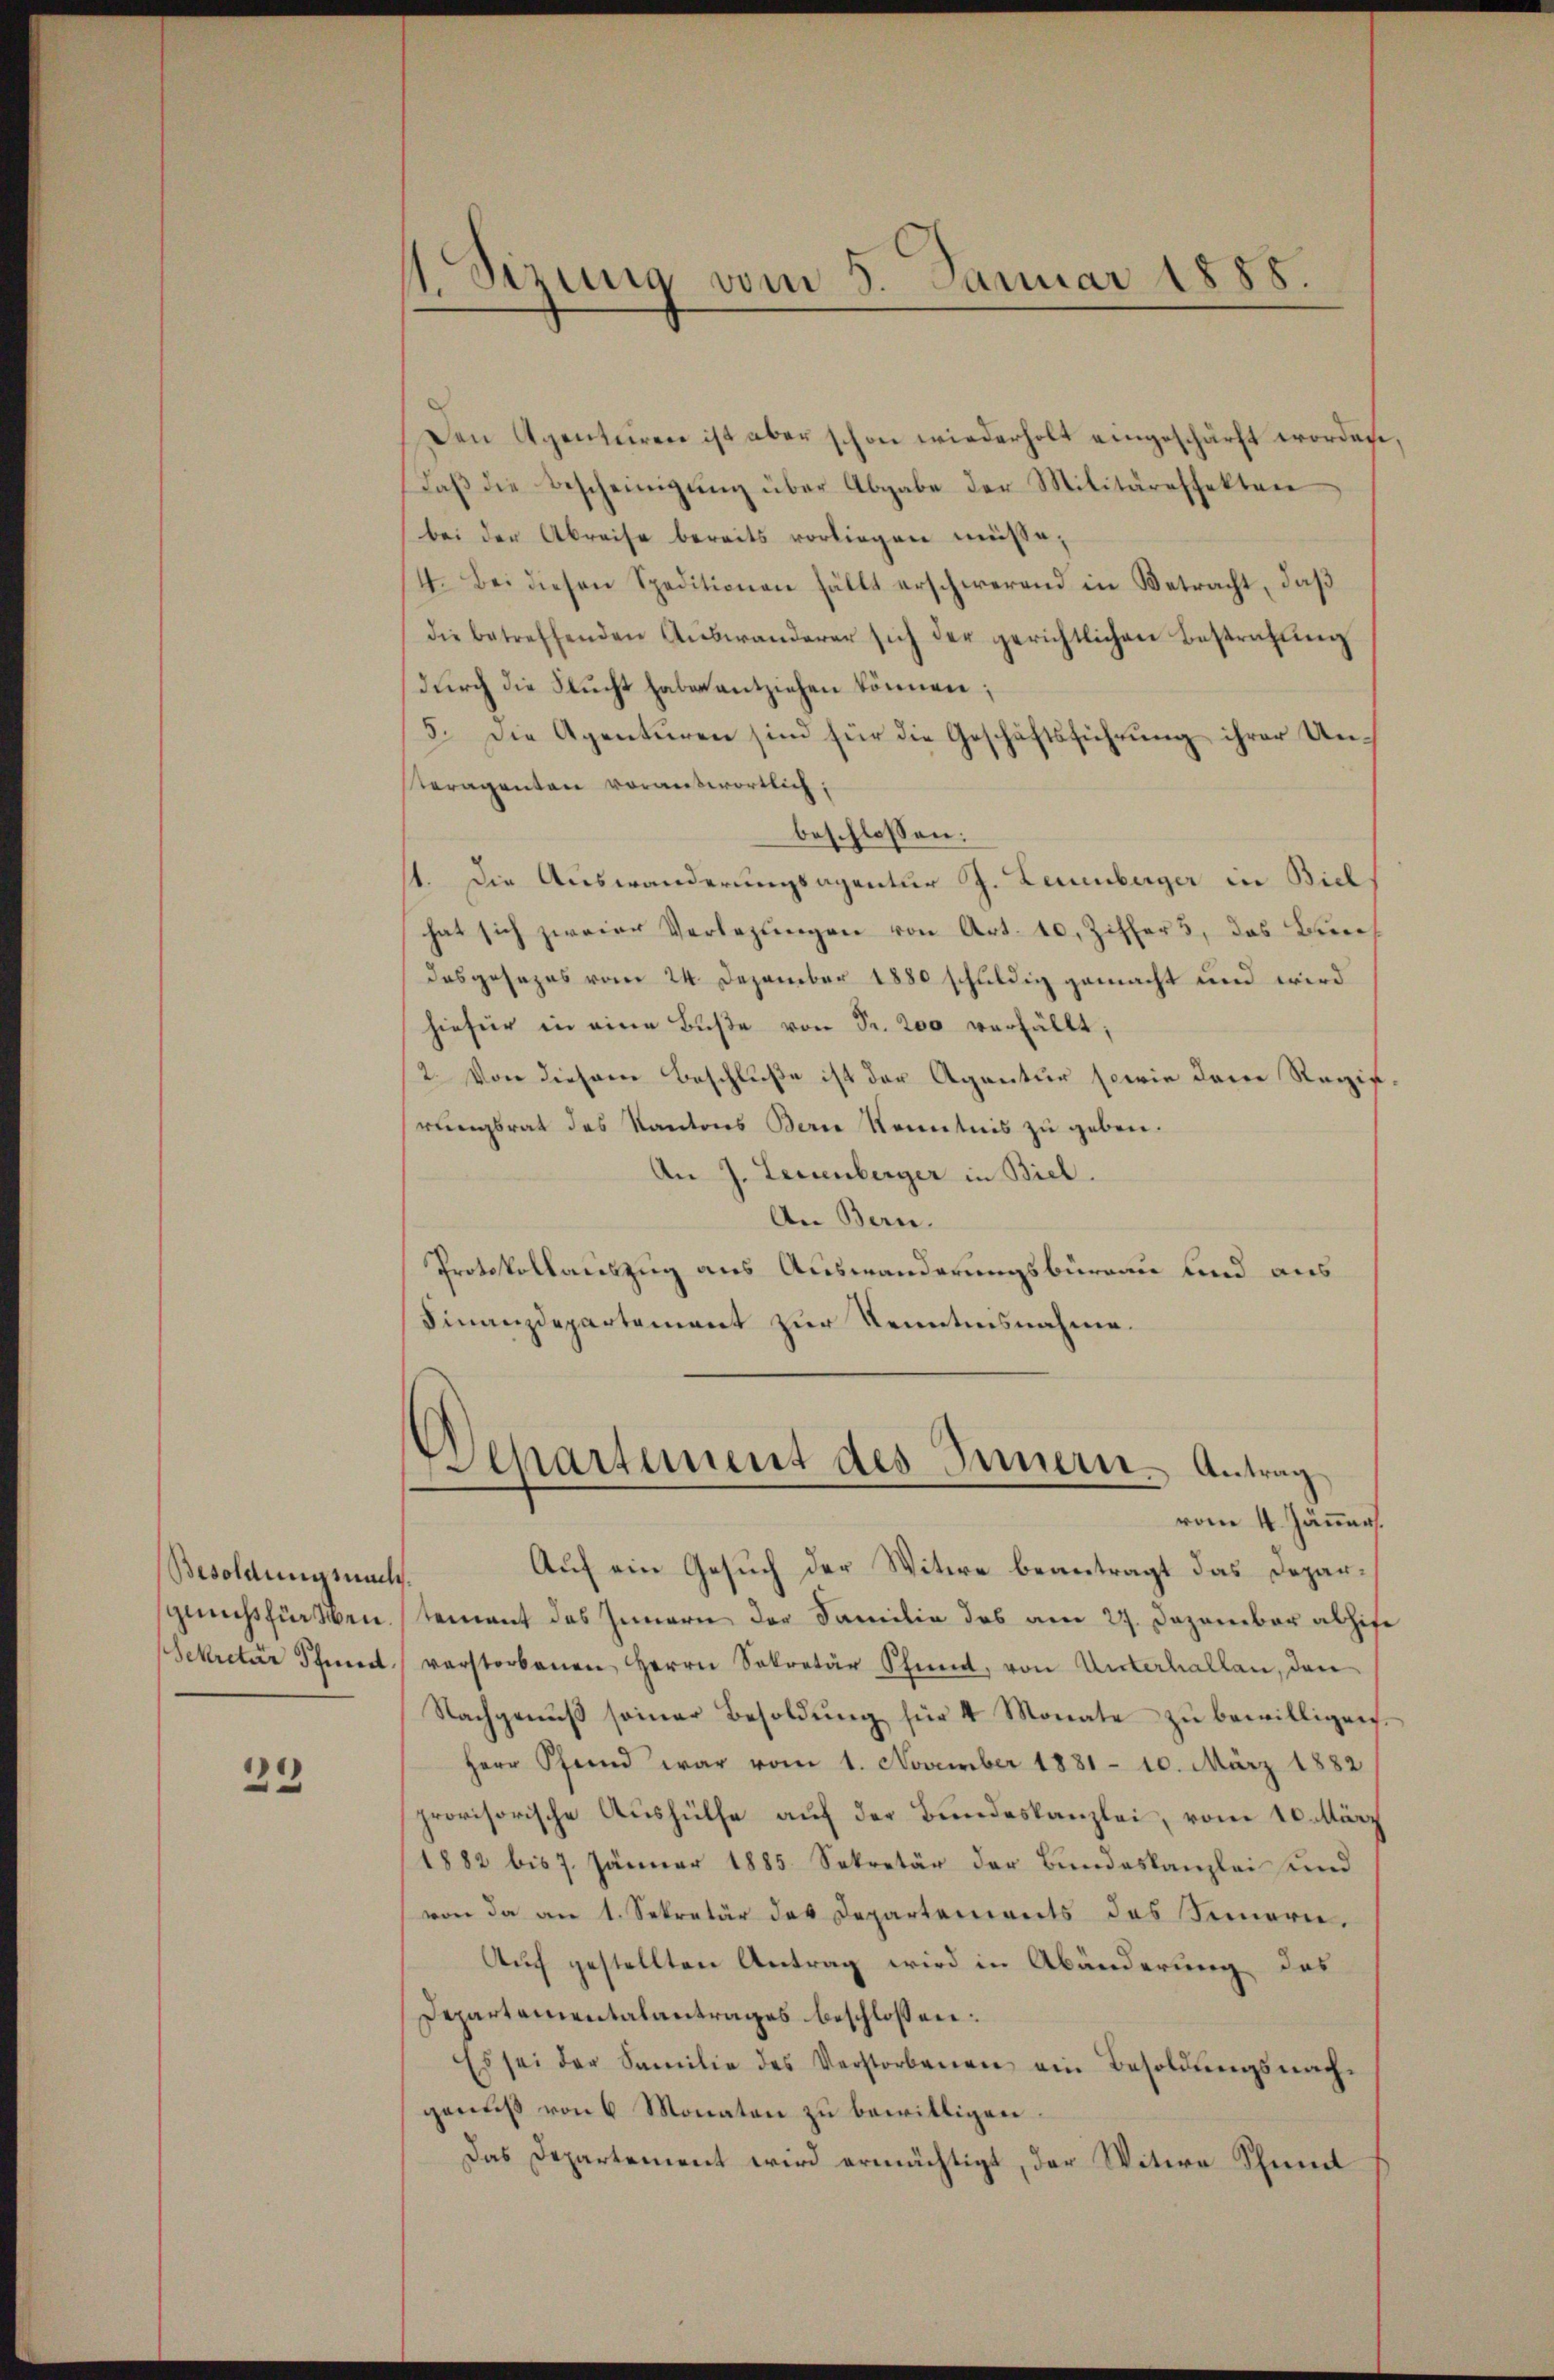
Besoldungsnach.

23

Sizung vom 5. Januar 1888.

Den Agentuiren ist aber schon wiederholt eingeschärft worden.
Daβ die Bescheinigŭng über Abgabe der Militäreffekten
bei der Abreise bereits vorliegen müsse;
4. Bei diesen Speditionen fällt erschwerend in Betracht, daß
die betreffenden Aŭswanderer sich der gerichtlichen Bestrafŭng
dŭrch die Flŭcht habe entziehen können;
(5. Die Agenturen sind für die Geschäftsführung ihrer Unteragenten vorantwortlich;
beschlossen:
st. Die Auswanderungsagentur J. Leuenberger in Biel
hat sich zweier Verlegungen von Art. 10. Ziffers, das Brech
Dasgesezes vom 24. Dezember 1880 schuldig gemacht und wird
hiefür in eine Buße von Fr. 200 verfällt;
2. Von diesem Beschluße ist der Agantur sowie dem Regierungsrat des Kantons Berne Kenntnis zu geben.
An J. Leuenberger in Biel
An Bern.
Protokollauszug aus Auswanderungsbüreau und aus
Finanzdepartement zur Kenntnisnahme.

d
epartement des Innern. Antrag
vom 4. Jänner.

Auf ein Gesuch der Witwe beantragt das Deparspruchsfürstentement des Innern der Familie des am 27. Dezember abhise
Sekretär Pfand verstorbenen Herrn Sekretär Schmid, von Unterhallen, den
Nachgenŭβ seiner Besoldŭng für 4 Monate zŭ bewilligen.
Herr Pfand war vom 1. November 1881 - 10. März 1882
provisorische Aushülfe auf der Bundeskanzlei, vom 10. März
1882 bis 7. Jänner 1885. Sekretär der Bundeskanzlei und
von da an 1. Sekretär der Departements des Innern.
Auf gestellten Antrag wird in Abänderung des
Departementalantrages beschlossen:
Es sei der Familie des Verstorbenen ein Besoldŭngsnach-
genuß von 6 Monaten zu bewilligen
Das Departement wird ermächtigt, der Witwe Schmit